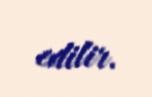
edilir.